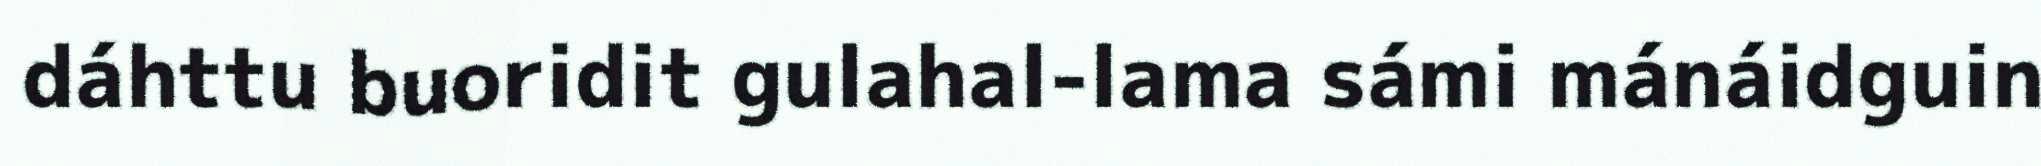
dáhttu buoridit gulahal-lama sámi mánáidguin